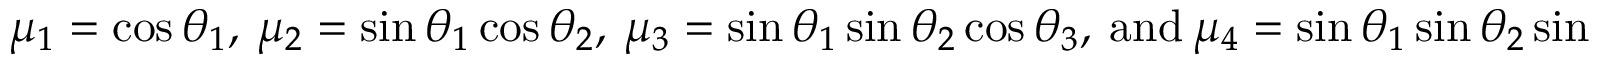
\mu _ { 1 } = \cos \theta _ { 1 } , ~ \mu _ { 2 } = \sin \theta _ { 1 } \cos \theta _ { 2 } , ~ \mu _ { 3 } = \sin \theta _ { 1 } \sin \theta _ { 2 } \cos \theta _ { 3 } , ~ \mathrm { a n d } ~ \mu _ { 4 } = \sin \theta _ { 1 } \sin \theta _ { 2 } \sin \theta _ { 3 } .